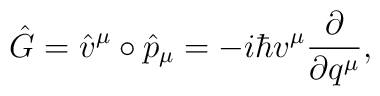
\hat{G}=\hat{v}^{\mu}\circ \hat{p}_{\mu}=-i\hbar v^{\mu}\frac{\partial }{\partial q^{\mu}},